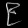
Digit: ၉